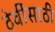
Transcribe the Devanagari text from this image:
ठेवींसाठी